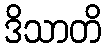
ဒိသာတိ